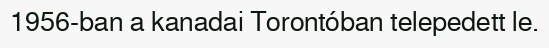
1956-ban a kanadai Torontóban telepedett le.